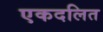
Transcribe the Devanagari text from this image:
एकदलित